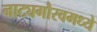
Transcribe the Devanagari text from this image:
नाट्यगौरवमध्ये